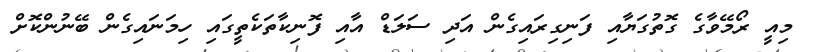
މިއީ ރޯމޭވާގެ ގޮތުގަޔާއި ފަނިގިރައިގެން އަދި ސަލަޑް އާއި ފޮނިކާތަކެތީގައި ހިމަނައިގެން ބޭނުންކޮށް